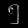
Digit: ၅